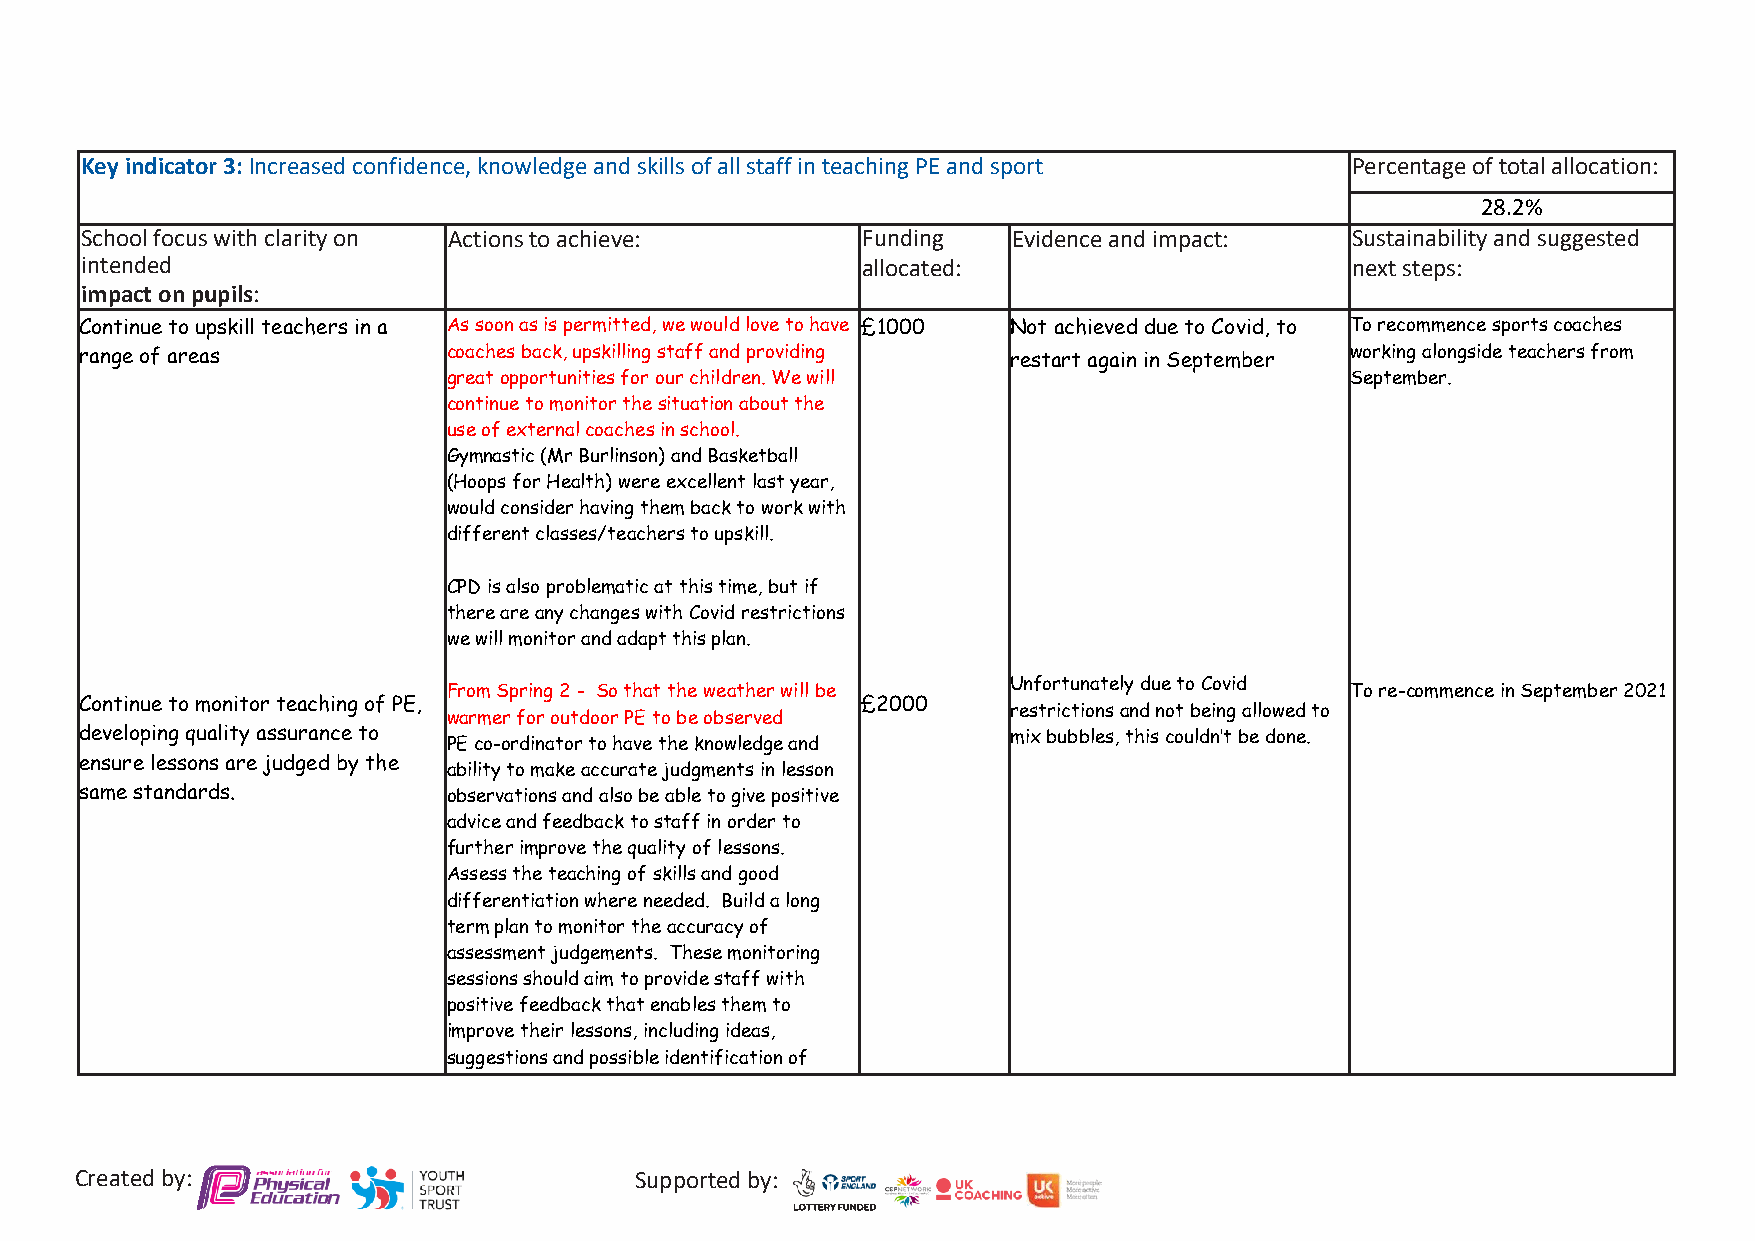
Key indicator 3: Increased confidence, knowledge and skills of all staff in teaching PE and sport Percentage of total allocation:
 28.2%
 School focus with clarity on Actions to achieve:    Funding   Evidence and impact:  Sustainability and suggested
 intended                                            allocated:                      next steps:
 impact on pupils:
 Continue to upskill teachers in a As soon as is permitted, we would love to have £1000 Not achieved due to Covid, to To recommence sports coaches
 range of areas           coaches back, upskilling staff and providing restart again in September working alongside teachers from
 great opportunities for our children. We will              September.
 continue to monitor the situation about the
 use of external coaches in school.
 Gymnastic (Mr Burlinson) and Basketball
 (Hoops for Health) were excellent last year,
 would consider having them back to work with
 different classes/teachers to upskill.
 CPD is also problematic at this time, but if
 there are any changes with Covid restrictions
 we will monitor and adapt this plan.
 Unfortunately due to Covid
 From Spring 2 - So that the weather will be                To re-commence in September 2021
 Continue to monitor teaching of PE,                 £2000
 restrictions and not being allowed to
 warmer for outdoor PE to be observed
 developing quality assurance to                               mix bubbles, this couldn’t be done.
 PE co-ordinator to have the knowledge and
 ensure lessons are judged by the
 ability to make accurate judgments in lesson
 same standards.          observations and also be able to give positive
 advice and feedback to staff in order to
 further improve the quality of lessons.
 Assess the teaching of skills and good
 differentiation where needed. Build a long
 term plan to monitor the accuracy of
 assessment judgements. These monitoring
 sessions should aim to provide staff with
 positive feedback that enables them to
 improve their lessons, including ideas,
 suggestions and possible identification of
 Created by:                          Supported by: